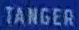
TANGER